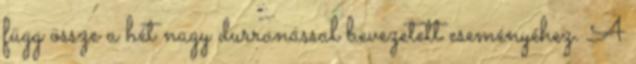
függ össze a hét nagy durranással bevezetett eseményéhez. A